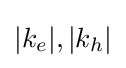
|k_{e}|,|k_{h}|